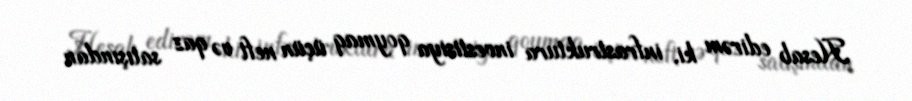
Hesab edirəm ki, infrastruktura investisiya qoymaq üçün neft və qaz satışından